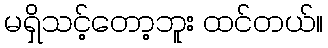
မရှိသင့်တော့ဘူး ထင်တယ်။